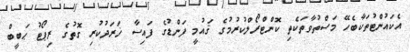
އެކައުންޓުތަކާބެހޭ މަސްތުވާތަކެތި ކޮންޓްރޯލްކުރުމުގެ ޤައުމީ ފަންޑުގެ ފައިސާ ޚަރަދުކުރި ގޮތުގެ ރިޕޯޓު ޙަބީބް